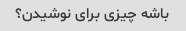
باشه چیزی برای نوشیدن؟